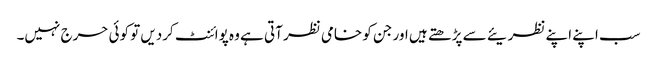
سب اپنے اپنے نظریئے سے پڑھتے ہیں اور جن کو خامی نظر آتی ہے وہ پوائنٹ کردیں تو کوئی حرج نہیں۔